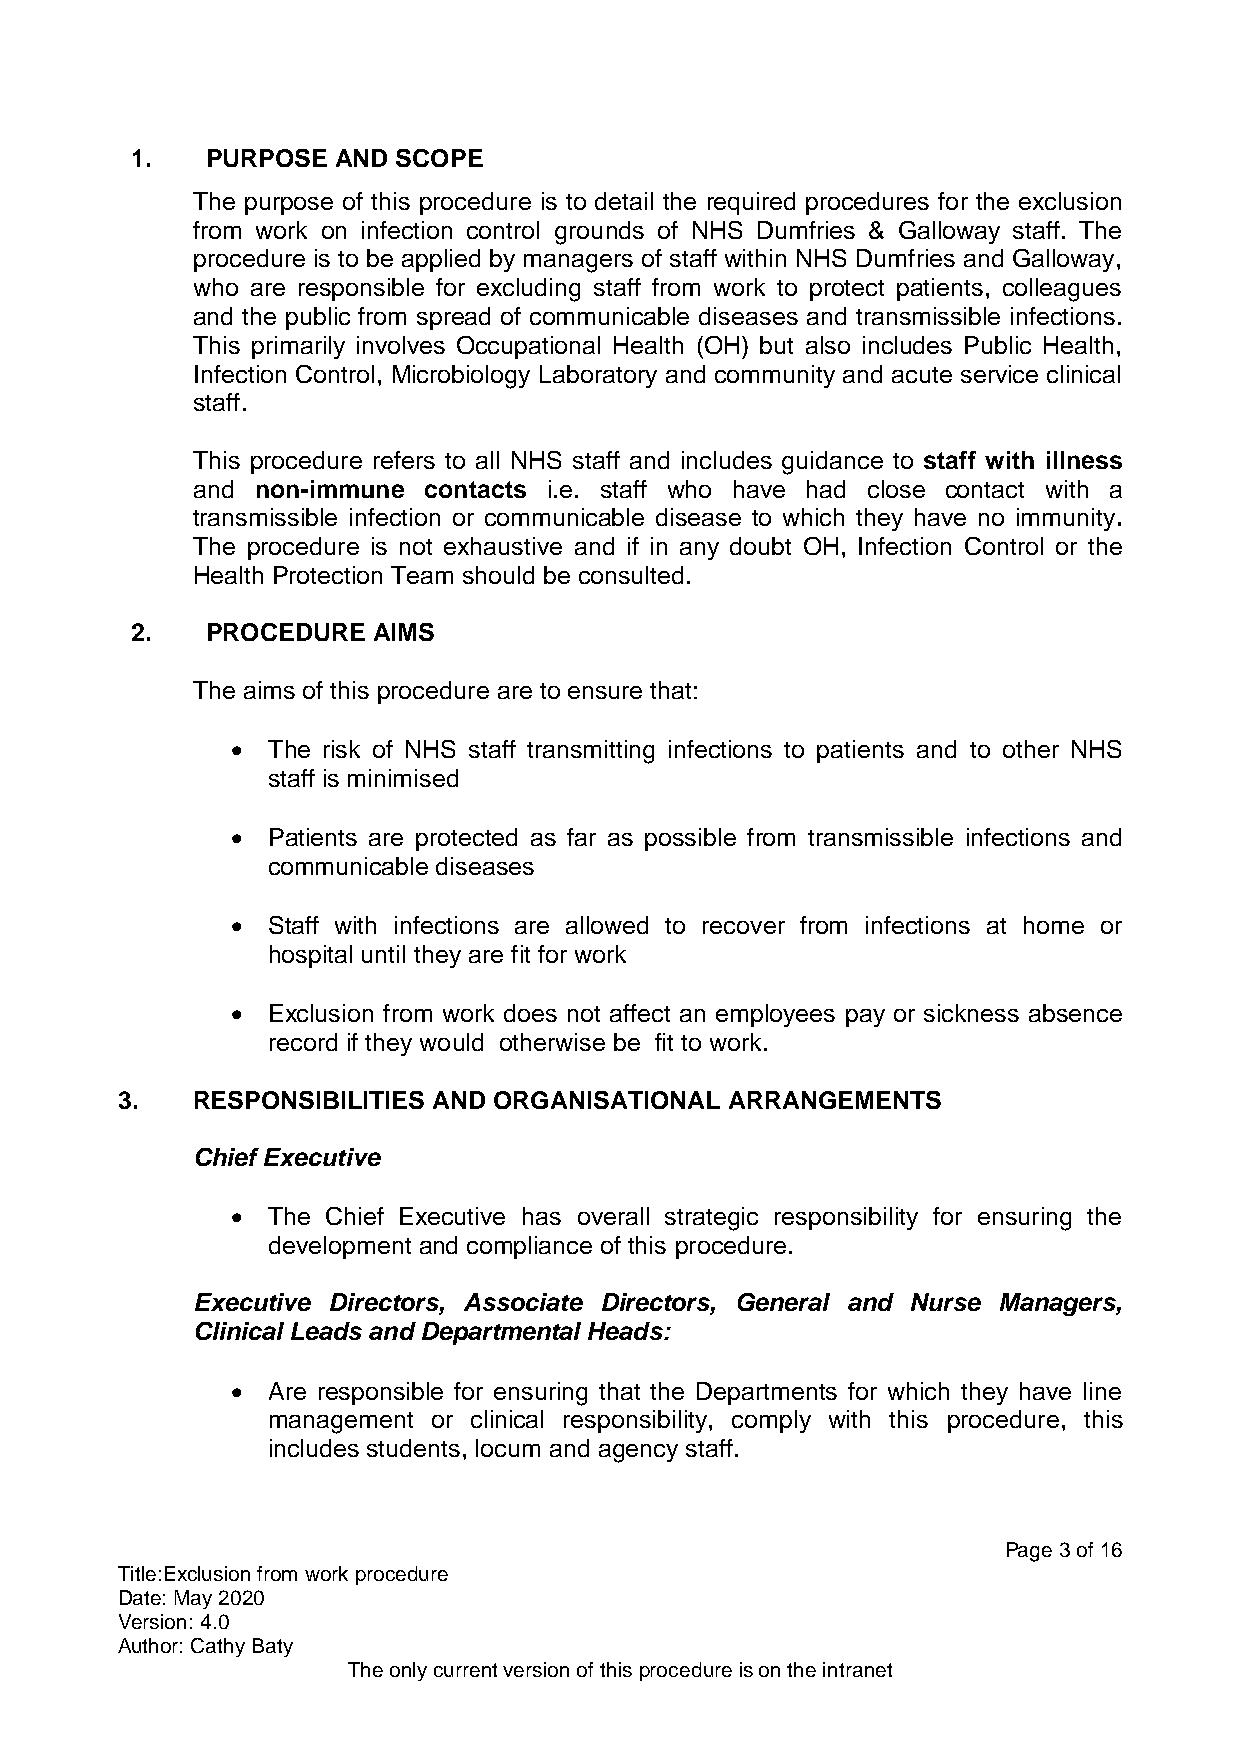
1.   PURPOSE AND SCOPE
 The purpose of this procedure is to detail the required procedures for the exclusion
 from work on infection control grounds of NHS Dumfries & Galloway staff. The
 procedure is to be applied by managers of staff within NHS Dumfries and Galloway,
 who are responsible for excluding staff from work to protect patients, colleagues
 and the public from spread of communicable diseases and transmissible infections.
 This primarily involves Occupational Health (OH) but also includes Public Health,
 Infection Control, Microbiology Laboratory and community and acute service clinical
 staff.
 This procedure refers to all NHS staff and includes guidance to staff with illness
 and non-immune contacts i.e. staff who have had close contact with a
 transmissible infection or communicable disease to which they have no immunity.
 The procedure is not exhaustive and if in any doubt OH, Infection Control or the
 Health Protection Team should be consulted.
 2.   PROCEDURE  AIMS
 The aims of this procedure are to ensure that:
   The risk of NHS staff transmitting infections to patients and to other NHS
 staff is minimised
   Patients are protected as far as possible from transmissible infections and
 communicable diseases
   Staff with infections are allowed to recover from infections at home or
 hospital until they are fit for work
   Exclusion from work does not affect an employees pay or sickness absence
 record if they would otherwise be fit to work.
 3.   RESPONSIBILITIES AND ORGANISATIONAL ARRANGEMENTS
 Chief Executive
   The Chief Executive has overall strategic responsibility for ensuring the
 development and compliance of this procedure.
 Executive Directors, Associate Directors, General and Nurse Managers,
 Clinical Leads and Departmental Heads:
   Are responsible for ensuring that the Departments for which they have line
 management or clinical responsibility, comply with this procedure, this
 includes students, locum and agency staff.
 Page 3 of 16
 Title:Exclusion from work procedure
 Date: May 2020
 Version: 4.0
 Author: Cathy Baty
 The only current version of this procedure is on the intranet